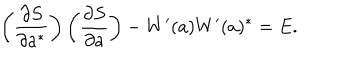
LaTeX: \left( \frac { \partial S } { \partial a ^ { \ast } } \right) \left( \frac { \partial S } { \partial a } \right) - W ^ { \prime } ( a ) W ^ { \prime } ( a ) ^ { \ast } = E .